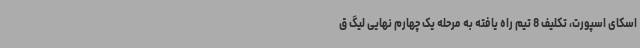
اسکای اسپورت، تکلیف 8 تیم راه یافته به مرحله یک چهارم نهایی لیگ ق